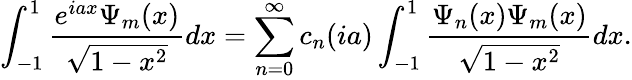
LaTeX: \int_{-1}^{1}\frac{e^{iax}\Psi_{m}(x)}{\sqrt{1-x^{2}}}dx=\sum_{n=0}^{\infty}c_{n}(ia)\int_{-1}^{1}\frac{\Psi_{n}(x)\Psi_{m}(x)}{\sqrt{1-x^{2}}}dx.